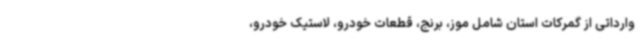
وارداتی از گمرکات استان شامل موز، برنج، قطعات خودرو، لاستیک خودرو،